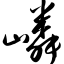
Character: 嶙